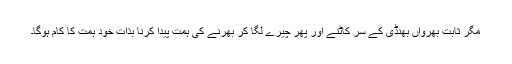
مگر ثابت بھرواں بھنڈی کے سر کاٹنے اور پھر چیرے لگا کر بھرنے کی ہمت پیدا کرنا بذات خود ہمت کا کام ہوگا۔